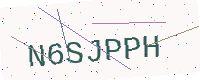
Text: N6SJPPH